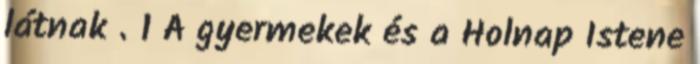
látnak . 1 A gyermekek és a Holnap Istene